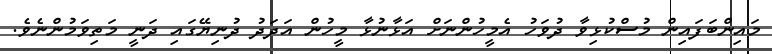
މައިންބަފައިން މުސްކުޅިވާ ދުވަހު އެމީހުންނަށް އަޅާނުޅާ މީހުން އަދަދު ދުނިޔޭގައި ދަނީ މަތިވަމުންނެވެ.